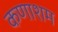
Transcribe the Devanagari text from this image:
कणाशम